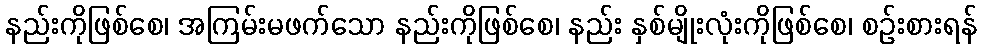
နည်းကိုဖြစ်စေ၊ အကြမ်းမဖက်သော နည်းကိုဖြစ်စေ၊ နည်း နှစ်မျိုးလုံးကိုဖြစ်စေ၊ စဉ်းစားရန်